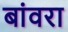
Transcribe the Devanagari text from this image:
बांवरा